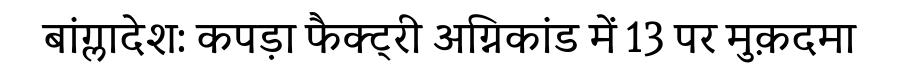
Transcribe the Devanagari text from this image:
बांग्लादेश: कपड़ा फैक्ट्री अग्निकांड में 13 पर मुक़दमा